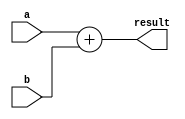
module floating_point_addition (
    input [31:0] a,
    input [31:0] b,
    output reg [31:0] result
);

always @(*) begin
    // Perform floating point addition
    result = a + b;
end

endmodule